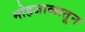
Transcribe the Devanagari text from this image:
मोहजाळातून